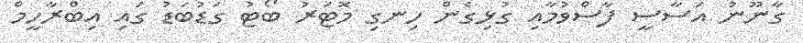
ގާނޫނު އަސާސީ ފާސްވުމާއި ގުޅިގެން ހިނގި މޮޓަރު ބޯޓު ގަޑުބަޑު ގައި އިބްރާހީމް